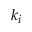
k _ { i }